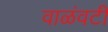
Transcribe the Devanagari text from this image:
वाळंवटी